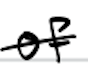
Text: of
Cross-out: mix
Writing tool: digital_black